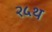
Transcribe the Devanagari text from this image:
२५थ